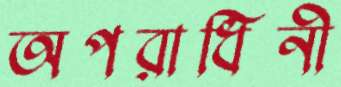
অপরাধিনী